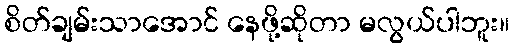
စိတ်ချမ်းသာအောင် နေဖို့ဆိုတာ မလွယ်ပါဘူး။